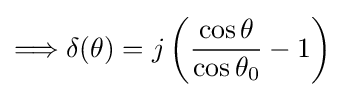
\Longrightarrow \delta (\theta )=j\left({\frac {\cos \theta }{\cos \theta _{0}}}-1\right)